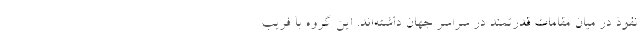
نفوذ در میان مقامات قدرتمند در سراسر جهان داشته‌اند. این گروه با فریب